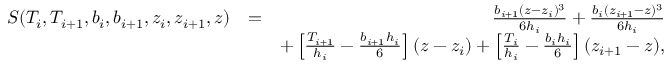
\begin{array} { r l r } { S ( T _ { i } , T _ { i + 1 } , b _ { i } , b _ { i + 1 } , z _ { i } , z _ { i + 1 } , z ) } & { = } & { \frac { b _ { i + 1 } ( z - z _ { i } ) ^ { 3 } } { 6 h _ { i } } + \frac { b _ { i } ( z _ { i + 1 } - z ) ^ { 3 } } { 6 h _ { i } } } \\ & { } & { + \left[ \frac { T _ { i + 1 } } { h _ { i } } - \frac { b _ { i + 1 } h _ { i } } { 6 } \right] ( z - z _ { i } ) + \left[ \frac { T _ { i } } { h _ { i } } - \frac { b _ { i } h _ { i } } { 6 } \right] ( z _ { i + 1 } - z ) , } \end{array}